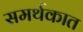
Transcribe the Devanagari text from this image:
समर्थकात